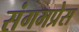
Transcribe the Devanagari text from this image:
संगमप्रेस